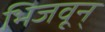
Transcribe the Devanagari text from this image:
भिजवून्